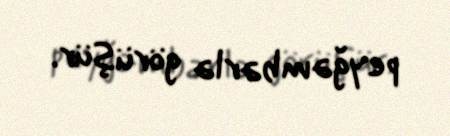
peyğəmbərlə görüşür.